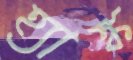
হ্যাঙ্ক